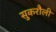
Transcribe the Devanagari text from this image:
सुकरौली